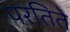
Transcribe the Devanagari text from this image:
परतिते